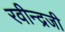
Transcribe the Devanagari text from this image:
रवीन्द्रजी